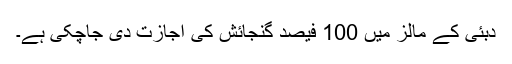
دبئی کے مالز میں 100 فیصد گنجائش کی اجازت دی جاچکی ہے۔